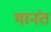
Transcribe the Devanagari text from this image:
भानंत